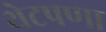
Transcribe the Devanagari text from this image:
थेटपणा